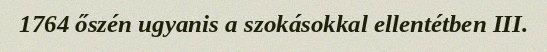
1764 őszén ugyanis a szokásokkal ellentétben III.